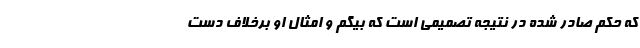
که حکم صادر شده در نتیجه تصمیمی است که بیگم و امثال او برخلاف دست